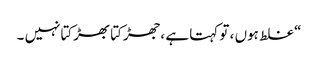
“ غلط ہوں ، تو کہتا ہے ،جھڑکتا بھڑکتانہیں ۔